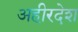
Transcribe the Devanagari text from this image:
अहीरदेश